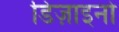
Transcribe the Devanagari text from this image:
डिज़ाइनो